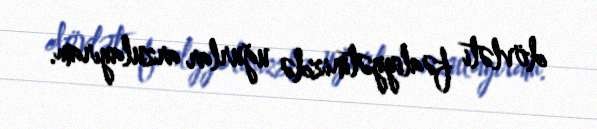
dövləti fəaliyyətinizdə uğurlar arzulayıram.